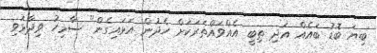
ބިޔަ ބޮޑު ބައެއް އަދި ތިބީ އެއްވައްތަރަކަށް ހެދުން އަޅައިގެން" ސާމިހު ވިދާޅުވި